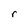
Character: r